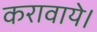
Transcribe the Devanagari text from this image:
करावाये।